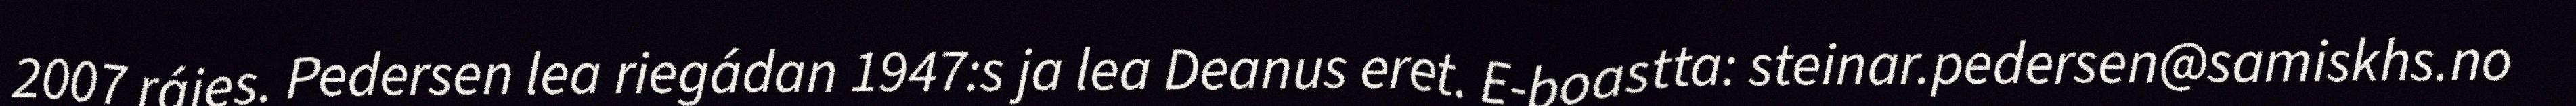
2007 rájes. Pedersen lea riegádan 1947:s ja lea Deanus eret. E-boastta: steinar.pedersen@samiskhs.no